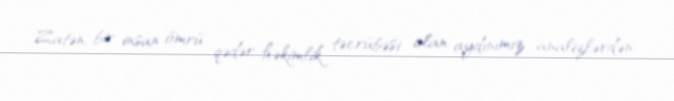
Zatən, bir insan ömrü qədər həkimlik təcrübəsi olan aydınımız analizlərdən,